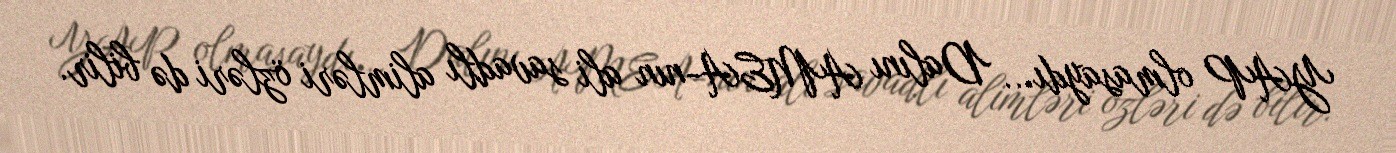
YAP olmasaydı... Dalını AMEA-nın ali savadlı alimləri özləri də bilir.